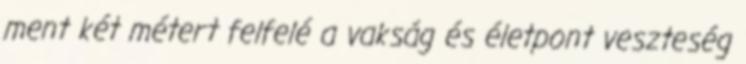
ment két métert felfelé a vakság és életpont veszteség